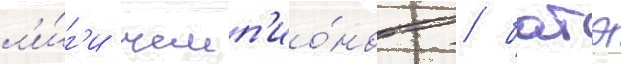
л'и́г'и чемп'ио́нов / батэ